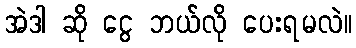
အဲဒါ ဆို ငွေ ဘယ်လို ပေးရမလဲ။